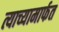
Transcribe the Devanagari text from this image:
त्याच्यामार्फत